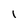
Character: I